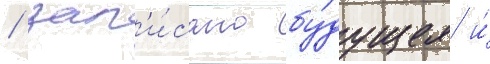
/ зап'и́сано бу́дущее и́